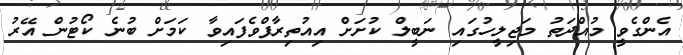
އެންގެވީ މުއްދަތު މަޖިލީހުގައި ނަބީލް ކުށަށް އިއުތިރާފްވެފައިވާ ކަމަށް ބުނެ ކޯޓުން އޭރު